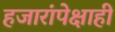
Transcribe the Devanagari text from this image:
हजारांपेक्षाही